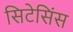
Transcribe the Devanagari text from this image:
सिटेसिंस